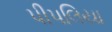
પીપલિયા